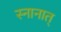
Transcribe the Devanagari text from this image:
स्नानात्